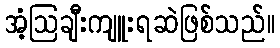
အံ့ဩချီးကျူးရဆဲဖြစ်သည်။